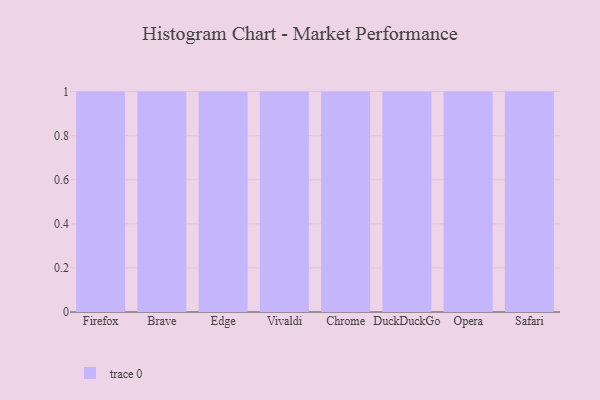
{"axis": {"x": "Browser", "y": "Website Visitors"}, "legend": [""], "data": [{"x": "Firefox", "y": 17, "type": ""}, {"x": "Brave", "y": 65, "type": ""}, {"x": "Edge", "y": 25, "type": ""}, {"x": "Vivaldi", "y": 38, "type": ""}, {"x": "Chrome", "y": 91, "type": ""}, {"x": "DuckDuckGo", "y": 73, "type": ""}, {"x": "Opera", "y": 11, "type": ""}, {"x": "Safari", "y": 37, "type": ""}]}